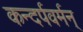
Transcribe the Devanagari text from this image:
कन्दर्पवर्मन्